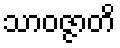
သာဝဇ္ဇာတိ